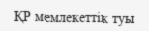
ҚР мемлекеттік туы